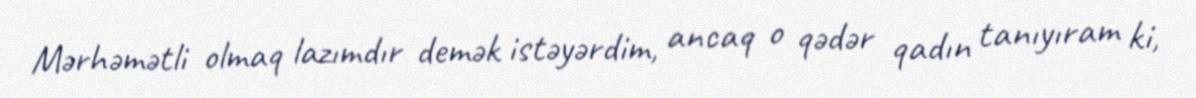
Mərhəmətli olmaq lazımdır demək istəyərdim, ancaq o qədər qadın tanıyıram ki,